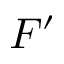
F ^ { \prime }